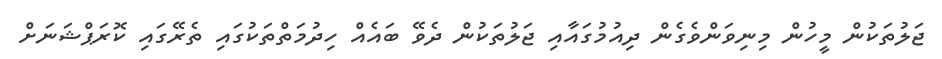
ޖަލުތަކުން މީހުން މިނިވަންވެގެން ދިއުމުގައާއި ޖަލުތަކުން ދެވޭ ބައެއް ހިދުމަތްތަކުގައި ތެރޭގައި ކޮރަޕްޝަނަށް